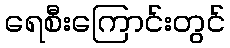
ရေစီးကြောင်းတွင်